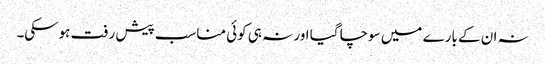
نہ ان کے بارے میں سوچا گیا اور نہ ہی کوئی مناسب پیش رفت ہوسکی۔